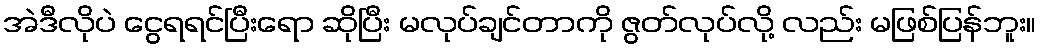
အဲဒီလိုပဲ ငွေရရင်ပြီးရော ဆိုပြီး မလုပ်ချင်တာကို ဇွတ်လုပ်လို့ လည်း မဖြစ်ပြန်ဘူး။